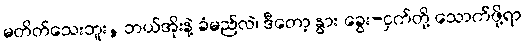
မတိတ်သေးဘူး, ဘယ်အိုးနဲ့ ခံမည်လဲ၊ ဒီတော့ နွား ခွေး-ငှက်တို့ သောက်ဖို့ရာ